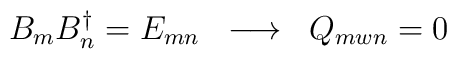
B_{m}B_{n}^{\dagger} = E_{mn}\;\; \longrightarrow \;\;Q_{mwn} = 0